Scottish Certificate of Education, 1962
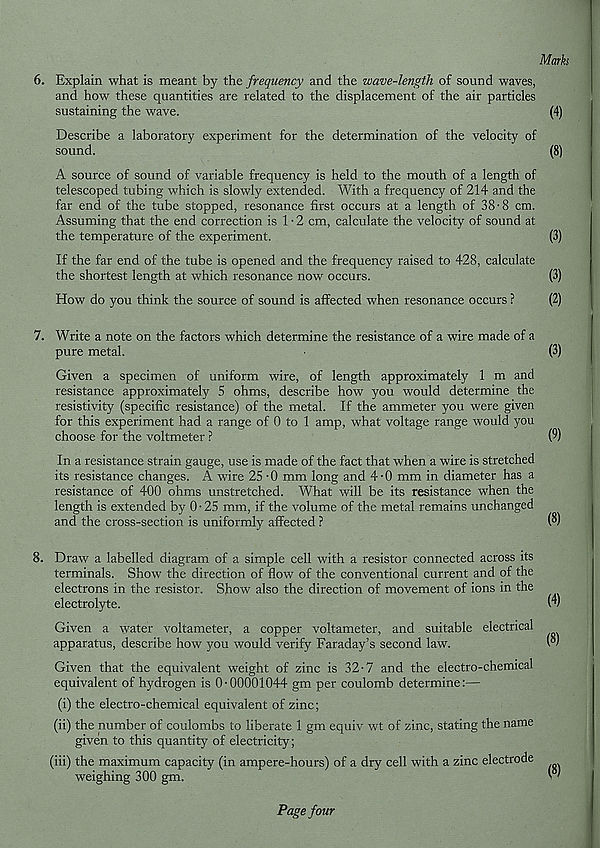
6. Explain what is meant by the frequency and the wave-length of sound waves,
and how these quantities are related to the displacement of the air particles
sustaining the wave.
Describe a laboratory experiment for the determination of the velocity of
sound.
A source of sound of variable frequency is held to the mouth of a length of
telescoped tubing which is slowly extended. With a frequency of 214 and the
far end of the tube stopped, resonance first occurs at a length of 38-8 cm.
Assuming that the end correction is 1 • 2 cm, calculate the velocity of sound at
the temperature of the experiment.
If the far end of the tube is opened and the frequency raised to 428, calculate
the shortest length at which resonance now occurs.
How do you think the source of sound is affected when resonance occurs ?
7. Write a note on the factors which determine the resistance of a wire made of a
pure metal.
Given a specimen of uniform wire, of length approximately 1 m and
resistance approximately 5 ohms, describe how you would determine the
resistivity (specific resistance) of the metal. If the ammeter you were given
for this experiment had a range of 0 to 1 amp, what voltage range would you
choose for the voltmeter ?
In a resistance strain gauge, use is made of the fact that when a wire is stretched
its resistance changes. A wire 25 -0 mm long and 4-0 mm in diameter has a
resistance of 400 ohms unstretched. What will be its resistance when the
length is extended by 0 • 25 mm, if the volume of the metal remains unchanged
and the cross-section is uniformly affected ?
8. Draw a labelled diagram of a simple cell with a resistor connected across its
terminals. Show the direction of flow of the conventional current and of the
electrons in the resistor. Show also the direction of movement of ions in the
electrolyte.
Given a water voltameter, a copper voltameter, and suitable electrical
apparatus, describe how you would verify Faraday’s second law.
Given that the equivalent weight of zinc is 32-7 and the electro-chemical
equivalent of hydrogen is 0-00001044 gm per coulomb determine:—
(i) the electro-chemical equivalent of zinc;
(ii) the number of coulombs to liberate 1 gm equiv wt of zinc, stating the name
given to this quantity of electricity;
(iii) the maximum capacity (in ampere-hours) of a dry cell with a zinc electrode
weighing 300 gm.
Page four